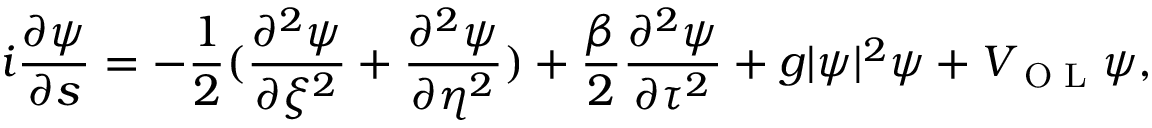
i \frac { \partial \psi } { \partial s } = - \frac { 1 } { 2 } ( \frac { \partial ^ { 2 } \psi } { \partial \xi ^ { 2 } } + \frac { \partial ^ { 2 } \psi } { \partial \eta ^ { 2 } } ) + \frac { \beta } { 2 } \frac { \partial ^ { 2 } \psi } { \partial \tau ^ { 2 } } + g | \psi | ^ { 2 } \psi + V _ { \textrm { O L } } \psi ,